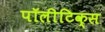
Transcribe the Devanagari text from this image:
पॉलीटिक्स